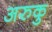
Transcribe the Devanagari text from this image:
अरुकु